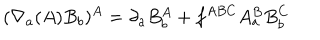
( \nabla _ { a } ( A ) B _ { b } ) ^ { A } = \partial _ { a } B _ { b } ^ { A } + f ^ { A B C } A _ { a } ^ { B } B _ { b } ^ { C }